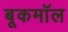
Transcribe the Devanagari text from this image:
बूकमॉल